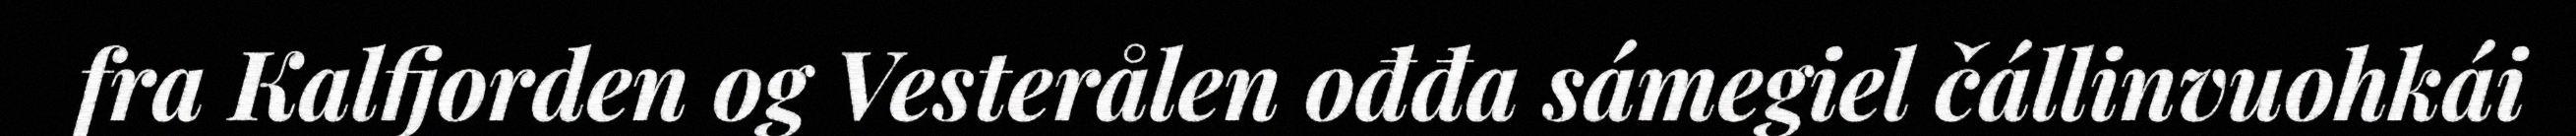
fra Kalfjorden og Vesterålen ođđa sámegiel čállinvuohkái